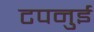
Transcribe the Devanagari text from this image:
टपनुई